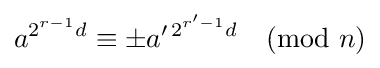
a^{2^{r-1}d}\equiv \pm a^{\prime \,2^{r'-1}d}{\pmod {n}}